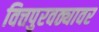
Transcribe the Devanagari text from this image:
वित्तपुरवठ्यावर